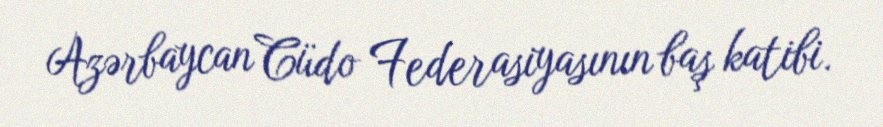
Azərbaycan Cüdo Federasiyasının baş katibi.